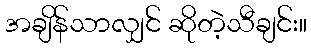
အချိန်သာလျှင် ဆိုတဲ့သီချင်း။